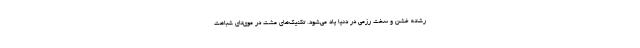
رشته خشن و سخت رزمی در دنیا یاد می‌شود. تکنیک‌های مشت در موی‌تای شباهت